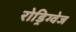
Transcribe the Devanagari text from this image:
रोड्रिग्वेज